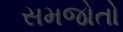
સમજોતો